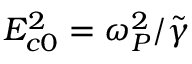
E _ { c 0 } ^ { 2 } = \omega _ { P } ^ { 2 } / \tilde { \gamma }